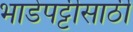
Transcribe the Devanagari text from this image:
भाडेपट्टीसाठी